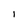
Character: i